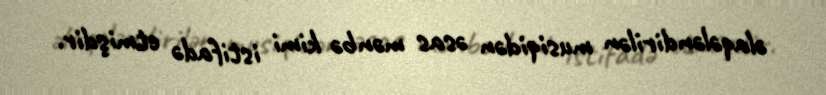
əlaqələndirilən musiqidən əsas mənbə kimi istifadə etmişdir.